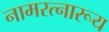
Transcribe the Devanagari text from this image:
नामरत्नारूय